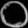
Digit: ၀